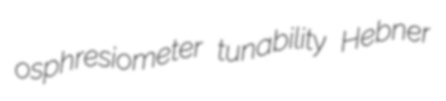
osphresiometer tunability Hebner